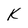
Character: f